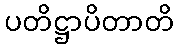
ပတိဋ္ဌာပိတာတိ